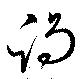
謁